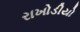
રાખોડીયો